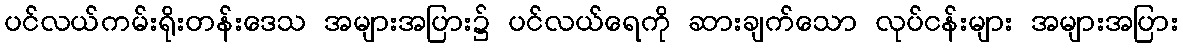
ပင်လယ်ကမ်းရိုးတန်းဒေသ အများအပြား၌ ပင်လယ်ရေကို ဆားချက်သော လုပ်ငန်းများ အများအပြား